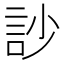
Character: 訬